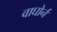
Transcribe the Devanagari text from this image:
वाघोर्न